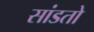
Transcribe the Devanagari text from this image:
सांडतो